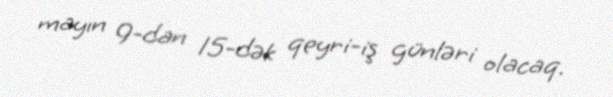
mayın 9-dan 15-dək qeyri-iş günləri olacaq.